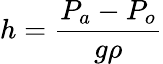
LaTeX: h={\frac{P_{a}-P_{o}}{g\rho}}